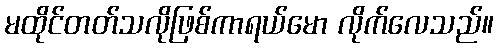
မထိုင်တတ်သလိုဖြစ်ကာရယ်မော လိုက်လေသည်။